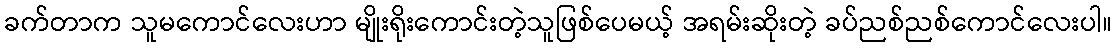
ခက်တာက သူမကောင်လေးဟာ မျိုးရိုးကောင်းတဲ့သူဖြစ်ပေမယ့် အရမ်းဆိုးတဲ့ ခပ်ညစ်ညစ်ကောင်လေးပါ။